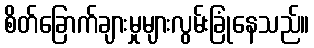
စိတ်ခြောက်ချားမှုများလွမ်းခြုံနေသည်။